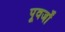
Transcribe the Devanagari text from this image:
पूवर्जों